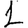
Digit: 1